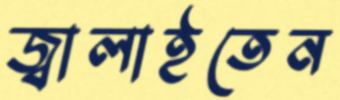
জ্বালাইতেন